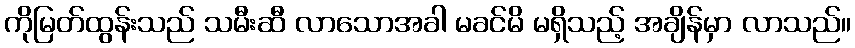
ကိုမြတ်ထွန်းသည် သမီးဆီ လာသောအခါ မခင်မိ မရှိသည့် အချိန်မှာ လာသည်။